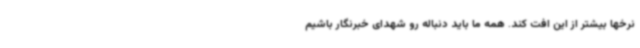
نرخها بیشتر از این افت کند. همه ما باید دنباله رو شهدای خبرنگار باشیم